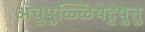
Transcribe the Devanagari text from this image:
अंचुपुळ्ळियेट्टेषु़त्तु